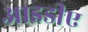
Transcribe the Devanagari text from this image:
आइडीए